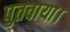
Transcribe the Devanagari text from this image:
पुतवाया।